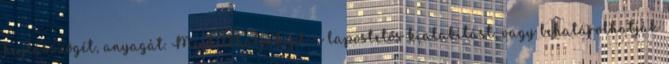
hajlásszögét, anyagát. Megtilthatják pl. a lapostetős kialakítást, vagy behatárolhatják